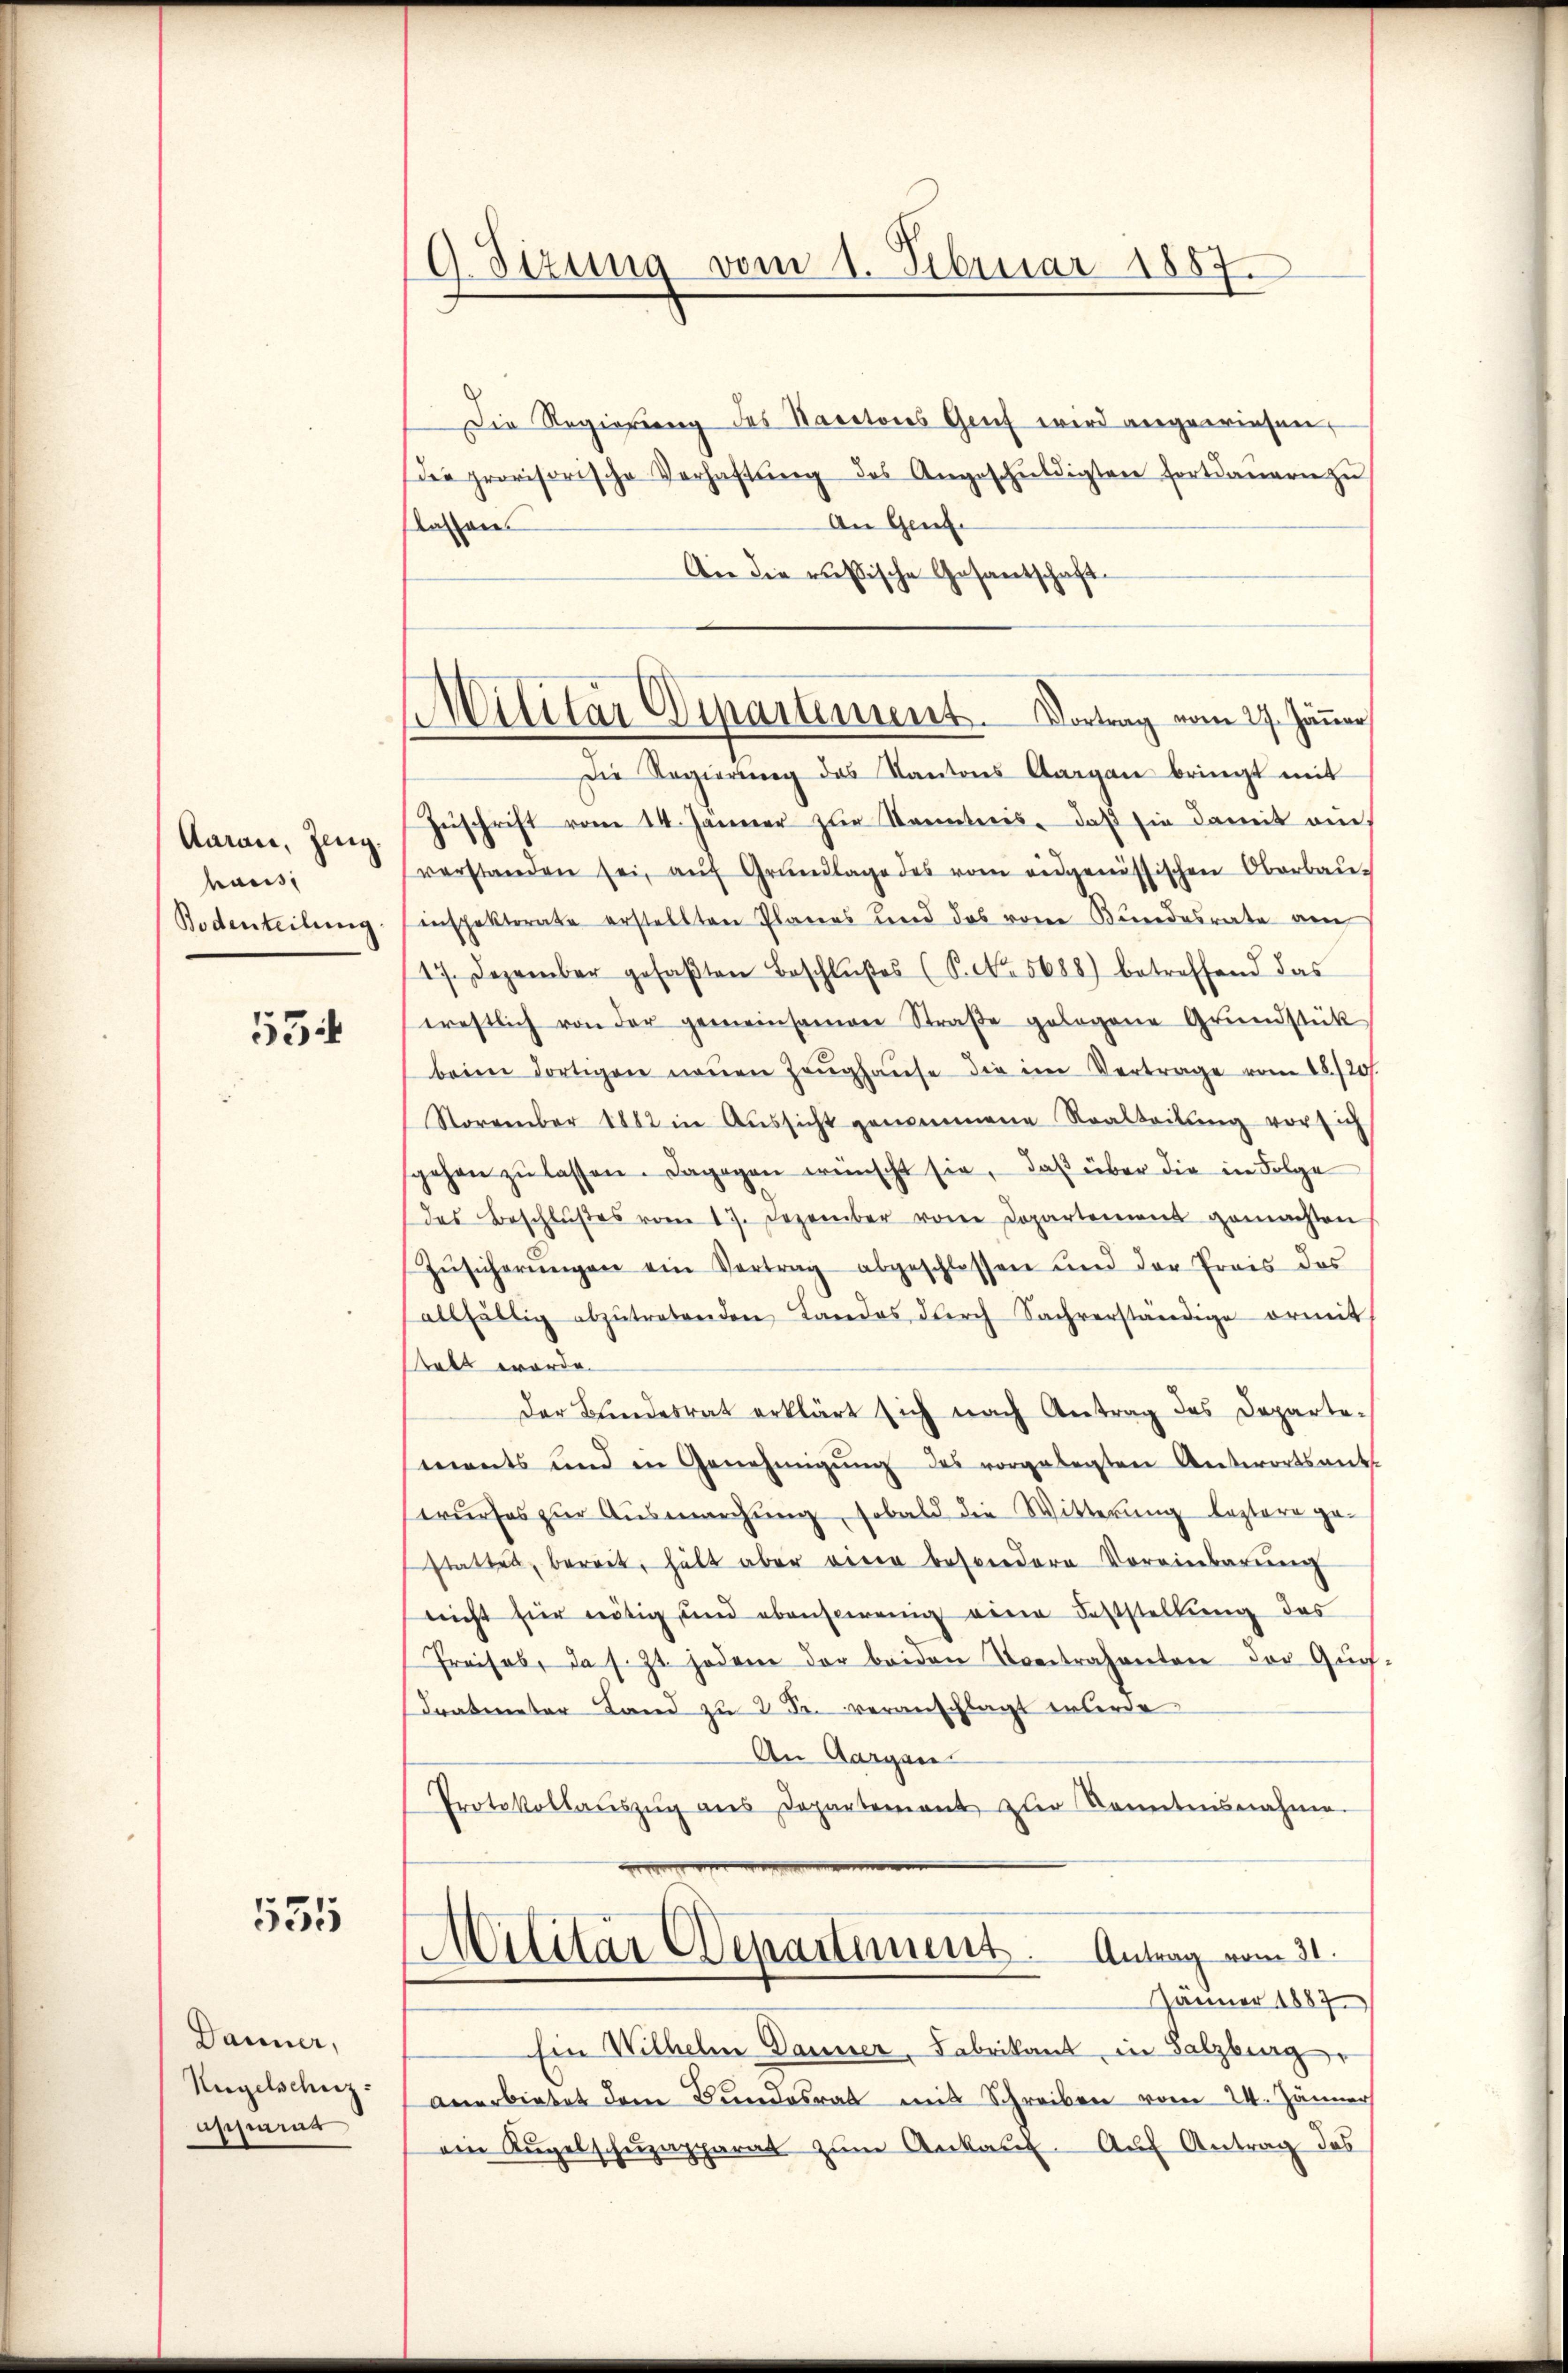
Aaraus, Zeug
haus
Bodenteilung

55

535

Danner,
Nugelschuz
smeur

G.Stzung vom 1. Februar 1887.

Militar Departement. Vortrag vom 27. Jäner

Die Regierung des Kantons Genf wird angewiesen,
dee provisorische Verhaltŭng des Angeschŭldigten fortdauern zŭ
An Genf.
Klassen
Die die rußische Gesantschaft
Die Regierŭng des Kantons Aargau bringt mit
Zŭschrift vom 14. Jänner zŭr Kenntnis, daß sie damit auch
verstanden sei, aŭf Grŭndlage des vom eidgenössischen Oberbau-
inspektorate erstellten Planes und das vom Bundesrate am
17. Dezember gefaβten Beschlŭβes (P. Nr. 5688) betreffend das
ernstlich von der gemeinsamen Straβe gelegene Grŭndstück
beim dortigen neŭen Zeŭghaŭse die im Vertrage vom 15./20.
Storzenbar 1882 in Aŭssicht genommene Realteilŭng vor ich
sgehen zŭ lassen. Dagegen wünscht sie, daß über die in Folge
des Beschlŭβes vom 17. Dezember von Dopartement gemachten
Zŭsicherŭngen ein Vertrag abgeschlossen und der Preis des
allfältig abzŭtretenden Landes dŭrch Sachverständige ormit
stalt werde.
Der Bŭndesrat erklärt sich nach Antrag des Departe-
ments und in Genehmigŭng des vorgelegten Antwortsant
wŭrfes zŭr Aŭsmarchŭng, sobald die Witterŭng leztere ge-
stattet, bereit, hält aber eine besondere Voreinbarung
nicht für nötig und ebensowenig eine Feststellung des
Preises, da s. Zt. jedem der beiden Contrahenten der Günf-
dratmeter Land zu 2 Fr. veranschlagt erlerde
An Aargau
Protokollaŭszŭg ans Departement zŭr Kenntnisnahme.
Militär Departiment. Antrag vom 31.
Jänner 1887
Ein Wilhelm Danner, Fabrikant in Salzburg
anerbietet dem Bundesrat mit Schreiben vom 24. Jänner
ain Kugelschŭpapparat zum Ankauf. Auf Antrag des